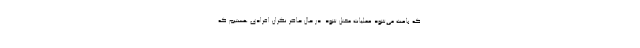
که باعث می‌شود عملیات مختل شود. در حال حاضر نگران افرادی هستیم که